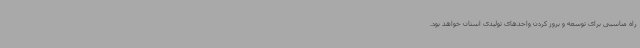
راه مناسبی برای توسعه و بروز کردن واحدهای تولیدی استان خواهد بود.